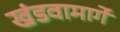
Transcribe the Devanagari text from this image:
खंडवामार्गे